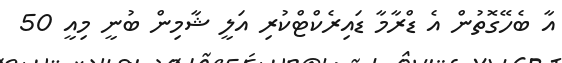
އާ ބެހޭގޮތުން އެ ޑްރާމާ ޑައިރެކްޓްކުރި އަލީ ޝާމިން ބުނީ މިއީ 50